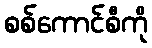
စစ်ကောင်စီကို